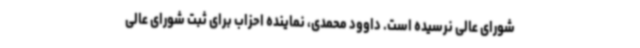
شورای عالی نرسیده است. داوود محمدی، نماینده احزاب برای ثبت شورای عالی